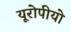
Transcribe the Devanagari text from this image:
यूरोपीयो